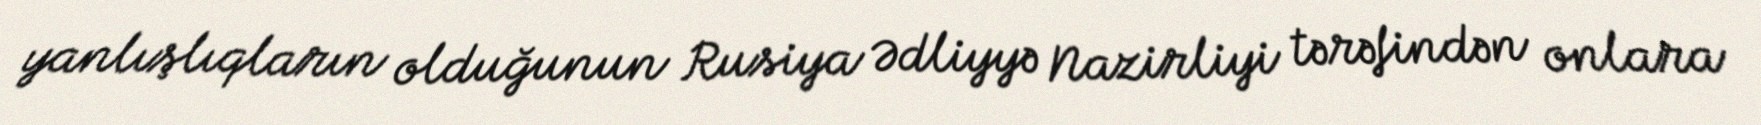
yanlışlıqların olduğunun Rusiya Ədliyyə Nazirliyi tərəfindən onlara